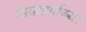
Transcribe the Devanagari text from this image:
सर्ववर्णाग्र्यः